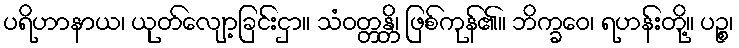
ပရိဟာနာယ၊ ယုတ်လျော့ခြင်းငှာ။ သံဝတ္တန္တိ၊ ဖြစ်ကုန်၏။ ဘိက္ခဝေ၊ ရဟန်းတို့။ ပဉ္စ၊